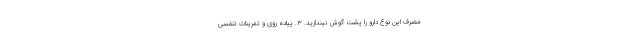
مصرف این نوع دارو را پشت گوش نیندازید. ۳. پیاده روی و تمرینات تنفسی